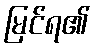
မြင်ရ၏